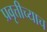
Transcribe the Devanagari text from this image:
प्रवृत्तीच्याच